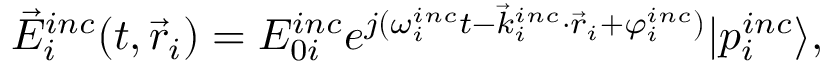
\vec { E } _ { i } ^ { i n c } ( t , \vec { r } _ { i } ) = E _ { 0 i } ^ { i n c } e ^ { j ( \omega _ { i } ^ { i n c } t - \vec { k } _ { i } ^ { i n c } \cdot \vec { r } _ { i } + \varphi _ { i } ^ { i n c } ) } | p _ { i } ^ { i n c } \rangle ,